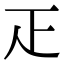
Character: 𤴓